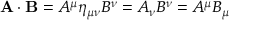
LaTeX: \mathbf { A } \cdot \mathbf { B } = A ^ { \mu } \eta _ { \mu \nu } B ^ { \nu } = A _ { \nu } B ^ { \nu } = A ^ { \mu } B _ { \mu }